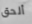
ألحق